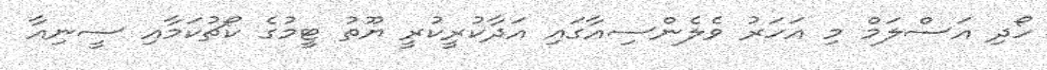
ހޯދި އަސްލަމް މި އަހަރު ވެލެންސިއާގައި އަދާކުރީކުރީ ޔޫތު ޓީމުގެ ކޯޗުކަމާއި ސީނިއާ